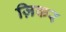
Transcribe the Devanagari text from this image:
ज़िकर